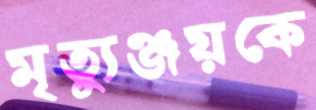
মৃত্যুঞ্জয়কে